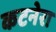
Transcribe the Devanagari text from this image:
कटनेरा